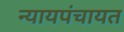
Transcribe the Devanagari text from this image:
न्यायपंचायत